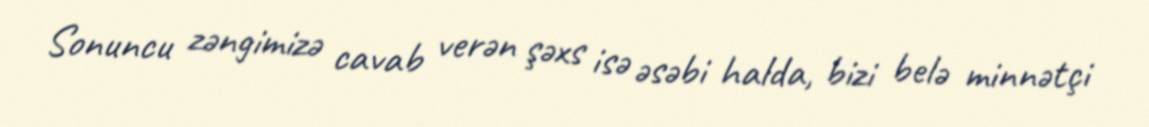
Sonuncu zəngimizə cavab verən şəxs isə əsəbi halda, bizi belə minnətçi